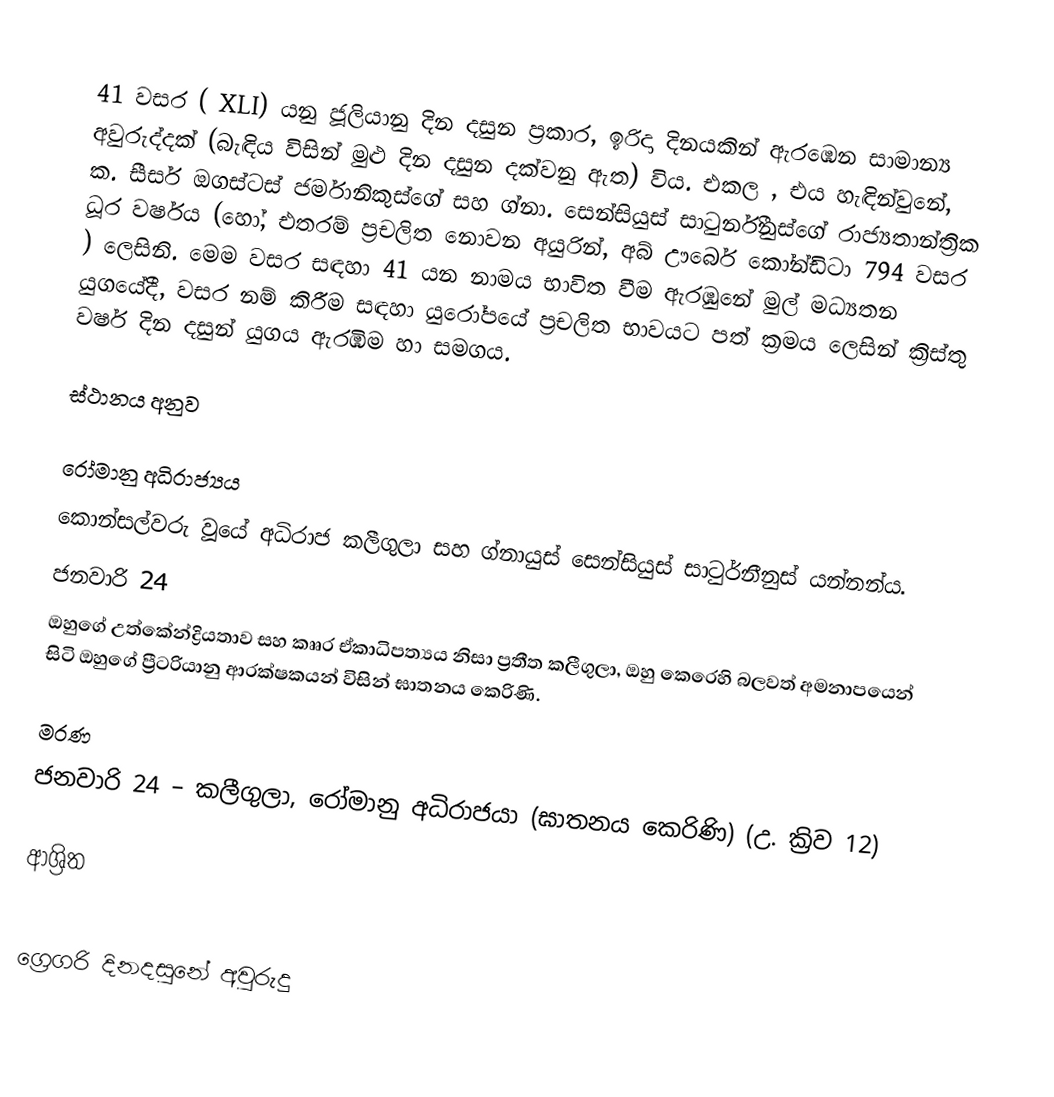

41 වසර ( XLI) යනු ජූලියානු දින දසුන ප්‍රකාර,   ඉරිදා දිනයකින් ඇරඹෙන සාමාන්‍ය අවුරුද්දක් (බැඳිය විසින් මුළු දින දසුන දක්වනු ඇත) විය. එකල ,  එය හැඳින්වුනේ,  ක. සීසර් ඔගස්ටස් ජර්මානිකුස්ගේ සහ  ග්නා. සෙන්සියුස් සාටුර්නීනුස්ගේ රාජ්‍යතාන්ත්‍රික  ධූර වර්ෂය (හෝ, එතරම් ප්‍රචලිත නොවන අයුරින්,  අබ් ඌර්බෙ කෝන්ඩිටා 794 වසර  ) ලෙසිනි. මෙම වසර සඳහා 41 යන නාමය භාවිත වීම ඇරඹුනේ මුල් මධ්‍යතන යුගයේදී, වසර නම් කිරීම සඳහා යුරෝපයේ ප්‍රචලිත භාවයට පත් ක්‍රමය ලෙසින් ක්‍රිස්තු වර්ෂ දින දසුන් යුගය ඇරඹීම හා සමගය.

ස්ථානය අනුව

රෝමානු අධිරාජ්‍යය
 කොන්සල්වරු වූයේ  අධිරාජ කලීගුලා සහ  ග්නායුස් සෙන්සියුස් සාටුර්නීනුස් යන්නන්ය.
 ජනවාරි 24
 ඔහුගේ  උත්කේන්ද්‍රියතාව සහ  කෲර ඒකාධිපත්‍යය නිසා ප්‍රතීත කලීගුලා, ඔහු කෙරෙහි බලවත් අමනාපයෙන් සිටි ඔහුගේ   ප්‍රීටරියානු ආරක්ෂකයන් විසින් ඝාතනය කෙරිණි.

මරණ
 ජනවාරි 24 – කලීගුලා, රෝමානු අධිරාජයා (ඝාතනය කෙරිණි) (උ. ක්‍රිව 12)

ආශ්‍රිත

ග්‍රෙගරි දිනදසුනේ අවුරුදු